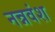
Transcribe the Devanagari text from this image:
नन्नवंश